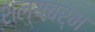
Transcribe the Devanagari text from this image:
शल्यचर्म